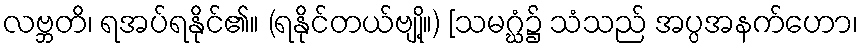
လဗ္ဘတိ၊ ရအပ်ရနိုင်၏။ (ရနိုင်တယ်ဗျို့။) [သမဂ္ဃံ၌ သံသည် အပ္ပအနက်ဟော၊